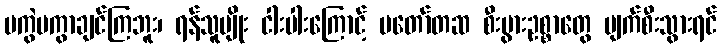
မကွဲမကွာချင်ကြဘူး၊ ရန်သူမျိုး ငါးပါးကြောင့် မတော်တဆ စီးပွားဥစ္စာတွေ ပျက်စီးသွားရင်